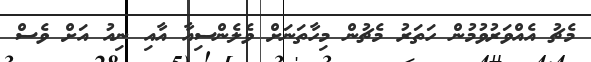
މެޗު އެއްވަރުވުމުން ހަތަރު މެޗުން މިހާތަނަށް ވެލެންސިއާ އާއި ނިއު އަށް ވެސް